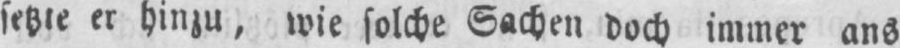
setzte er hinzu, wie solche Sachen doch immer ans